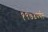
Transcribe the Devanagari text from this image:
१९७४पर्यंत